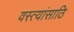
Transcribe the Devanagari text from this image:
वस्त्यांसाठि